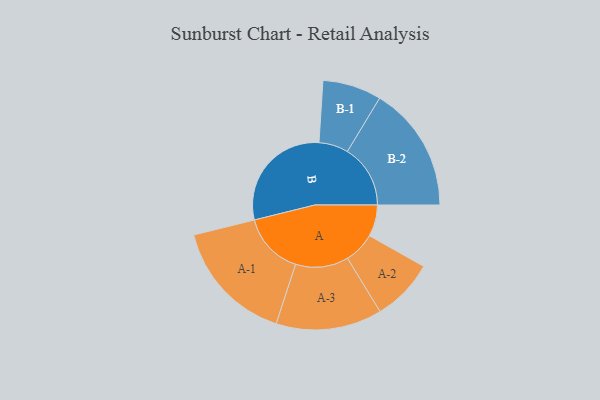
{"axis": {"x": "Segment", "y": "Value"}, "legend": ["", "A", "B"], "data": [{"x": "A", "y": 107, "type": ""}, {"x": "B", "y": 391, "type": ""}, {"x": "A-1", "y": 211, "type": "A"}, {"x": "A-2", "y": 106, "type": "A"}, {"x": "A-3", "y": 180, "type": "A"}, {"x": "B-1", "y": 100, "type": "B"}, {"x": "B-2", "y": 214, "type": "B"}]}